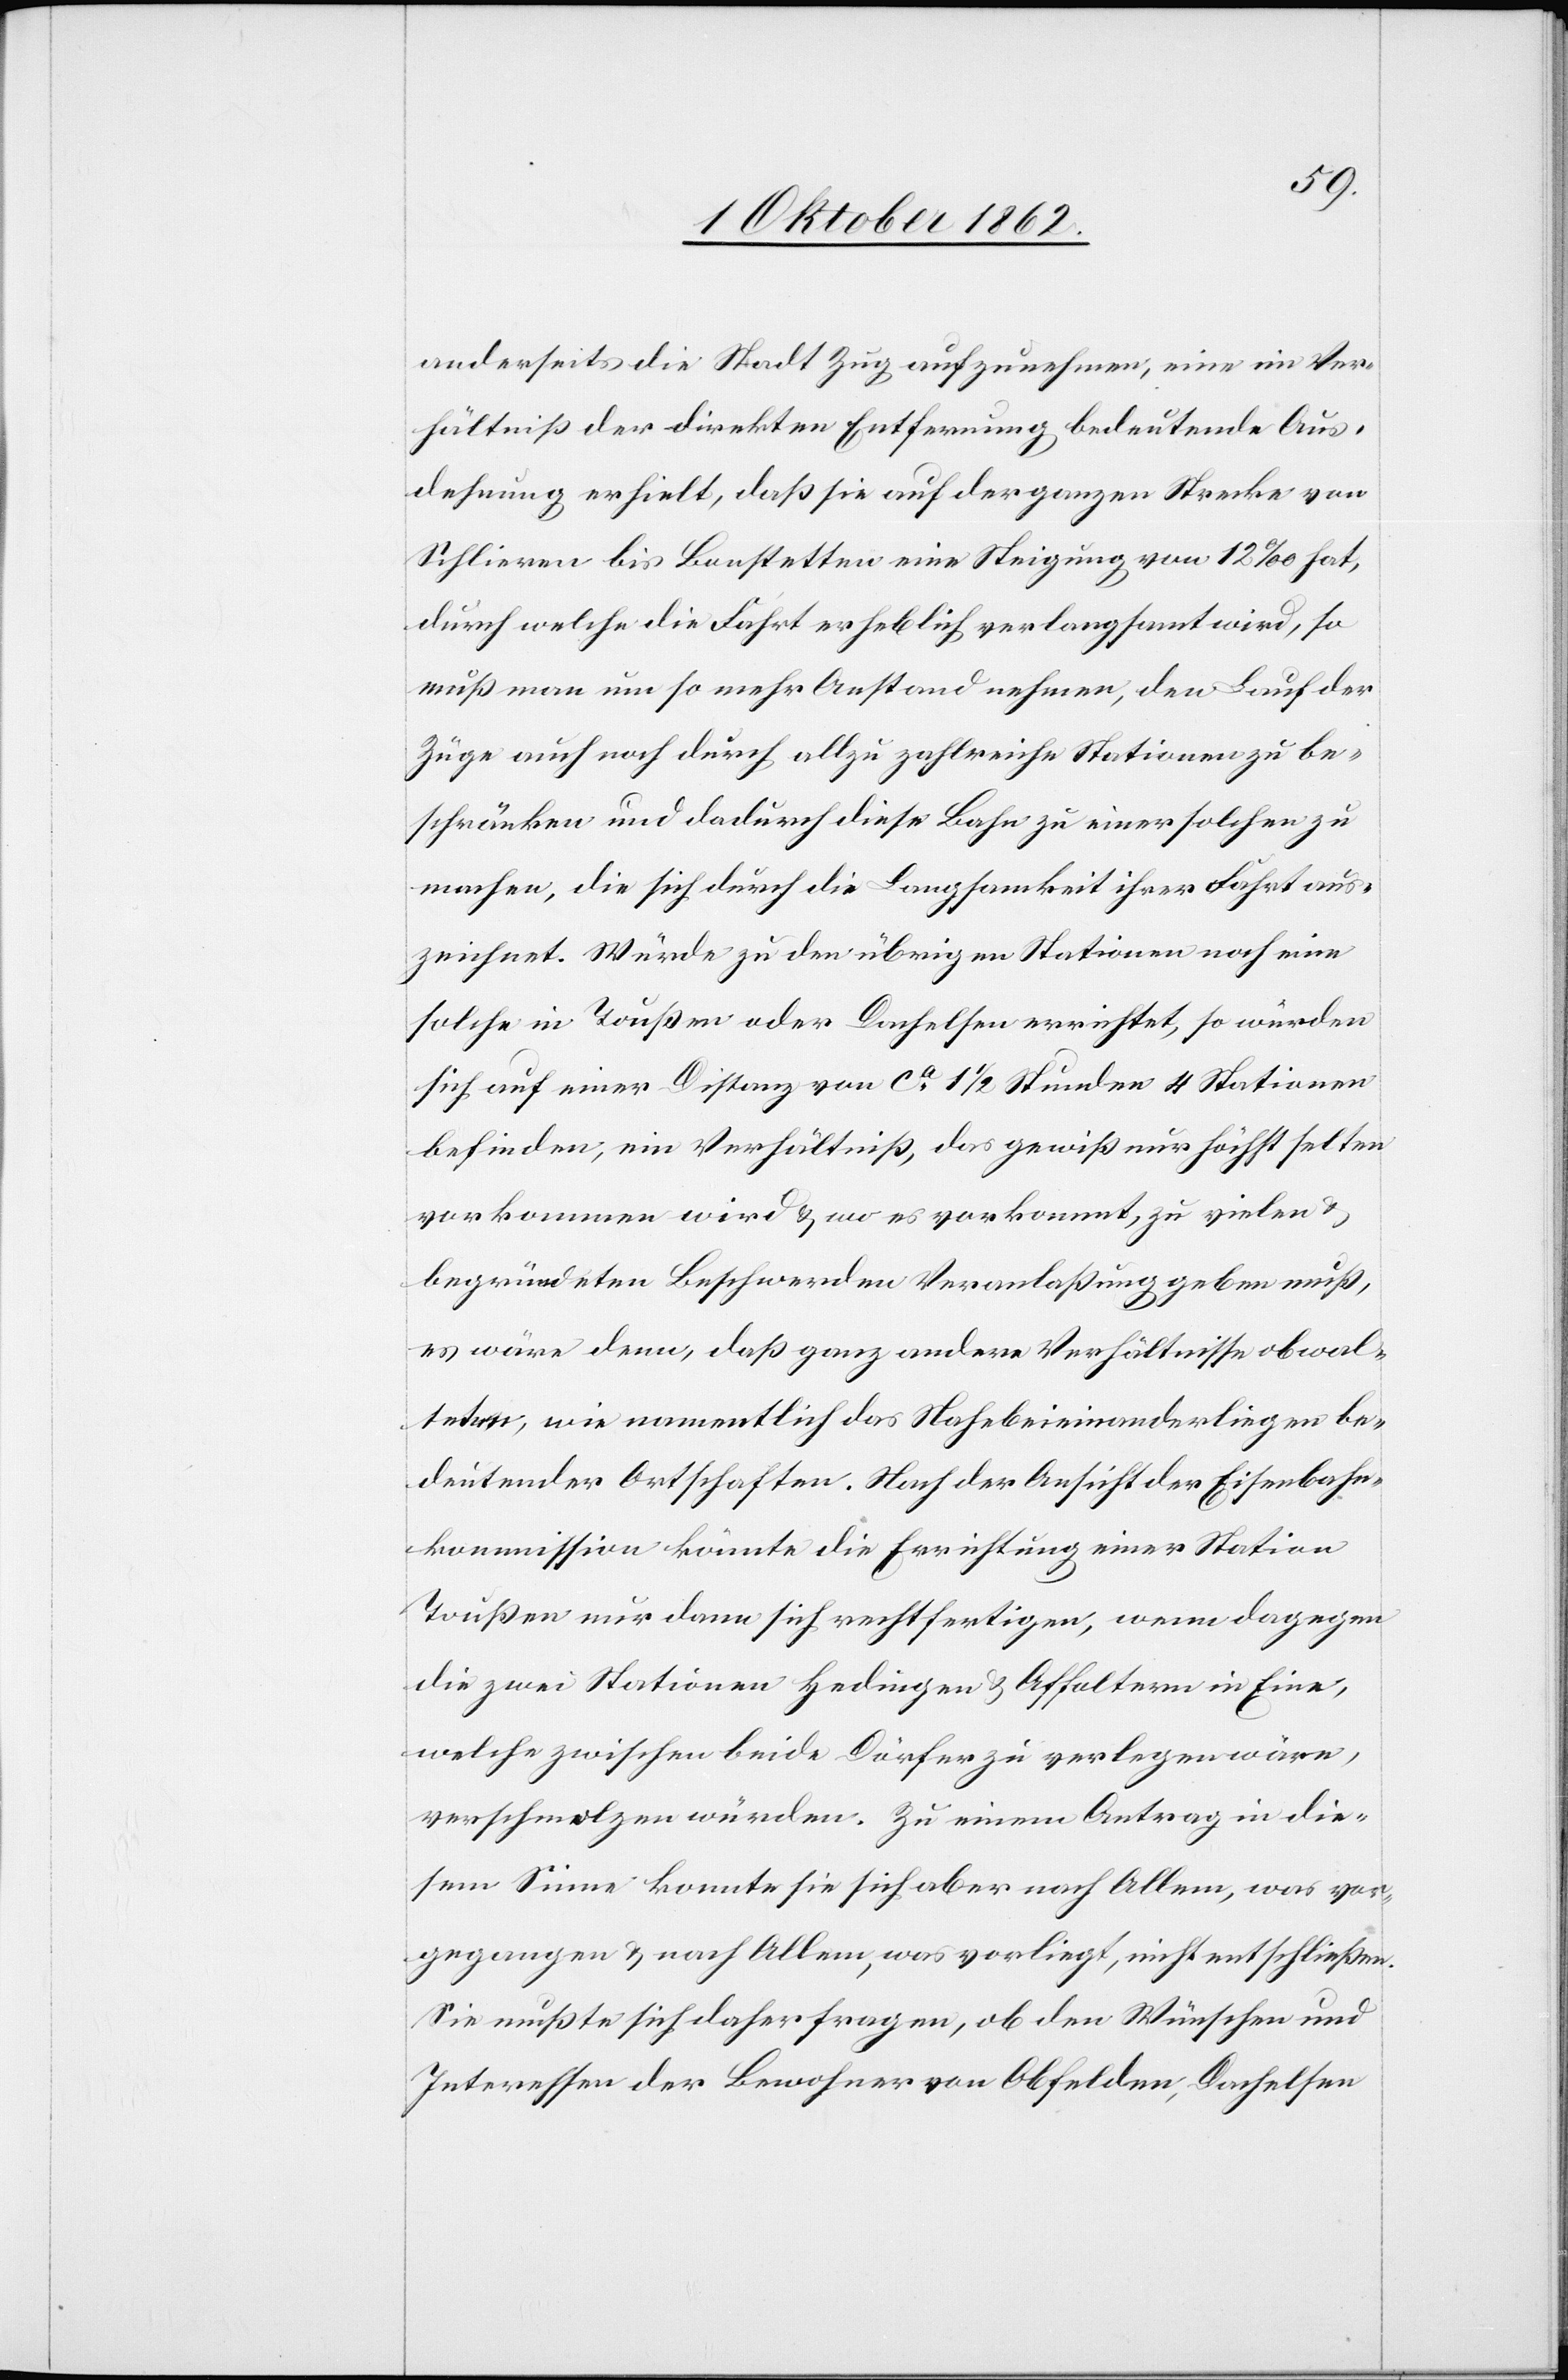
anderseits die Stadt Zug aufzunehmen, eine im Ver¬
hältniß der Direktionen Entfernung bedeutende Aus¬
dehnung erhielt, daß sie auf der ganzen Strecke von
Schlieren bis Bonstetten eine Steigung von 12‰ hat,
durch welche die Fahrt erheblich verlangsamt wird, so
muß man um so mehr Anstand nehmen, den Lauf der
Züge auch noch durch allzu zahlreiche Stationen zu be¬
schränken und dadurch diese Bahn zu einer solchen zu
machen, die sich durch die Langsamkeit ihrer Fahrt aus¬
zeichnet. Würde zu den übrigen Stationen noch eine
solche in Toußen oder Dachelsen errichtet, so würden
sich auf einer Distanz von ca 1 1/2 Stunden 4 Stationen
befinden, ein Verhältniß, das gewiß nur höchst selten
vorkommen wird u. wo es vorkommt, zu vielen u.
begründeten Beschwerden Veranlagung geben muß,
es wäre denn, daß ganz andere Verhältnisse obwal¬
teten, wie namentlich das Nahebeieinanderliegen be¬
deutender Ortschaften. Nach der Ansicht der Eisenbahn¬
kommission könnte die Errichtung einer Station
Toußen nur dann sich rechtfertigen, wenn dagegen
die zwei Stationen Hedingen u. Affoltern in Eine,
welche zwischen beide Dörfer zu verlegen wäre,
verschmolzen würden. Zu einem Antrag in die¬
sem Sinne konnte sie sich aber nach Allem, was vor¬
gegangen u. nach Allem was vorliegt, nicht entschließen.
Sie mußte sich daher fragen, ob den Wünschen und
Interessen der Bewohner von Obfelden, Dachelsen